Civil Veterinary Department Bihar & Orissa reports 1922-29 - 1922-1929
Year: 1922
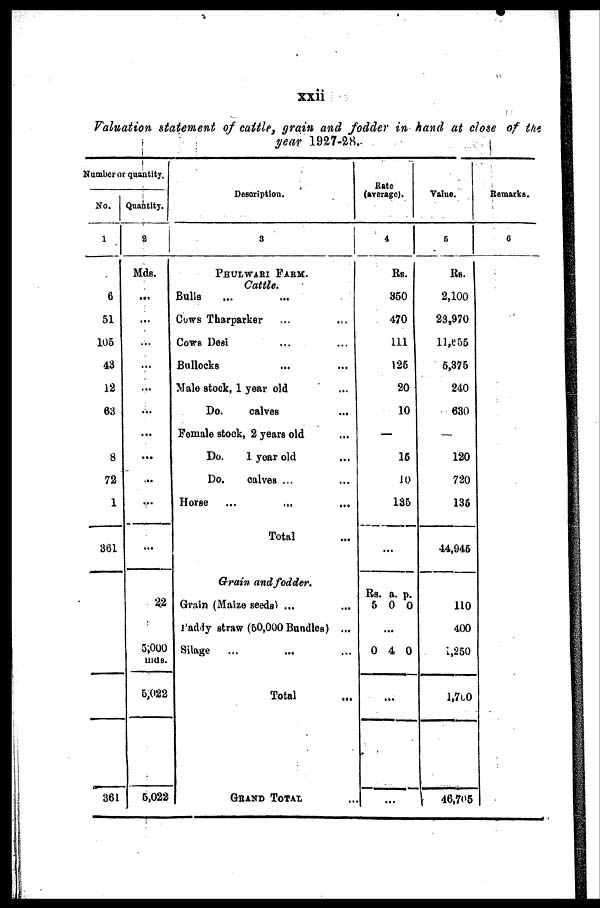
xxii
Valuation statement of cattle, grain and fodder in hand at close of the
year 1927-28.
Number or quantity.
No.
1
6
51
105
43
12
63
8
72
1
361
361
Quantity.
2
Mds.
...
...
...
...
...
...
...
...
..
...
...
22
5,000
mds
5,022
5,022
Description.
3
PULWARI FARM.
Cattle.
Bulls
Cows Tharparker
Cows Desi
Bullocks
Male stock, 1 year old
Do.
calves
Female stock, 2 years old
Do.
1 year old
Do. calves ...
Horse
...
...
Total
Grain and fodder.
Grain (Maize seeds) ...
Paddy straw (50,000 Bundles) ...
Silage
...
...
Total
GRAND TOTAL
Rate
(average).
4
Rs.
350
470
111
125
20
10
—
16
10
135
...
Rs. a. p.
5 0 0
...
0 4 0
...
Value.
6
Rs.
2,100
23,970
11,655
5,375
240
630
—
120
720
135
44,945
110
400
1,250
l,700
46,705
Remarks.
6